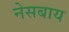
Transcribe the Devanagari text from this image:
नेसबाय